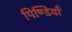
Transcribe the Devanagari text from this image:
पिण्डियाँ